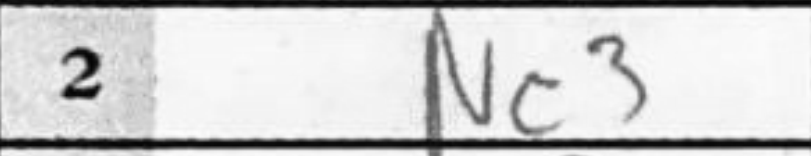
Transcription: Nc3